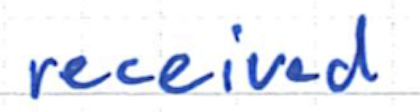
Text: received
Cross-out: clean
Writing tool: ballpoint